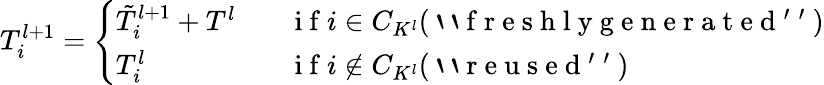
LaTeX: \begin{array}{r}{T_{i}^{l+1}=\left\{ \begin{array}{ll}{\tilde{T}_{i}^{l+1}+T^{l}\; \; \; }&{\mathrm{~i~f~}i\in C_{K^{l}}(\mathrm{~`~`~f~r~e~s~h~l~y~g~e~n~e~r~a~t~e~d~'~'~})}\\ {T_{i}^{l}\; \; \; }&{\mathrm{~i~f~}i\notin C_{K^{l}}(\mathrm{~`~`~r~e~u~s~e~d~'~'~})}\end{array}\right.}\end{array}